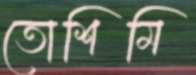
তোশিমি